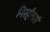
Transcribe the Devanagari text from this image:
निरर्हताएं